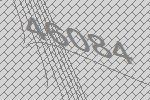
46084